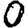
Digit: 0